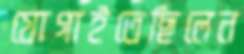
যোগাইতেছিলেন